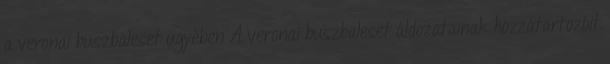
a veronai buszbaleset ügyében A veronai buszbaleset áldozatainak hozzátartozóit